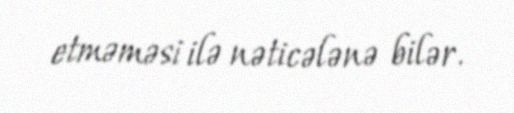
etməməsi ilə nəticələnə bilər.